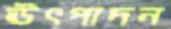
ঊৎপাদন